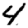
Digit: 4